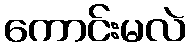
ကောင်းမလဲ